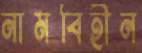
নামবিহীন